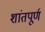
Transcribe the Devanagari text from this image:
शांतपूर्ण